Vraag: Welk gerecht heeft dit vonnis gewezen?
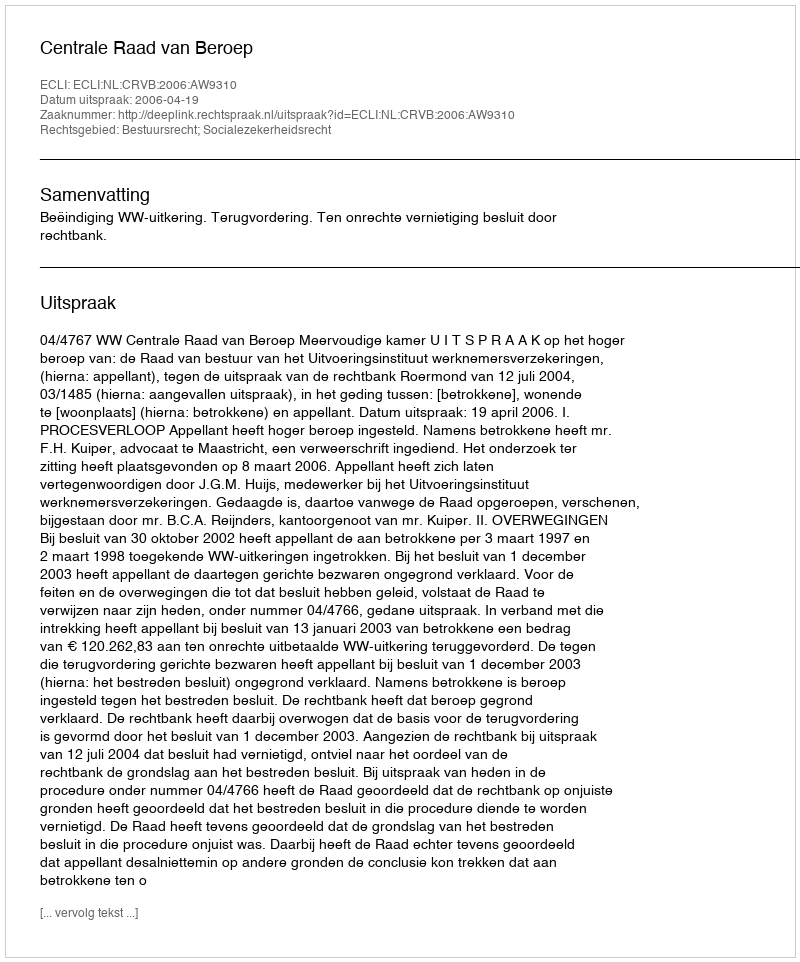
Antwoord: Centrale Raad van Beroep